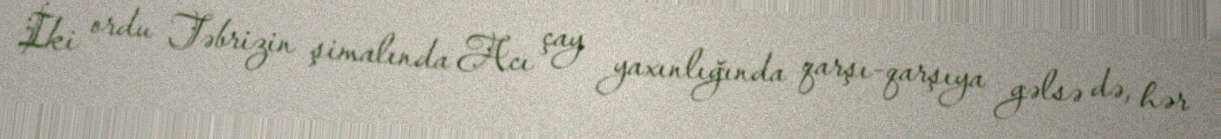
İki ordu Təbrizin şimalında Acı çay yaxınlığında qarşı-qarşıya gəlsə də, hər